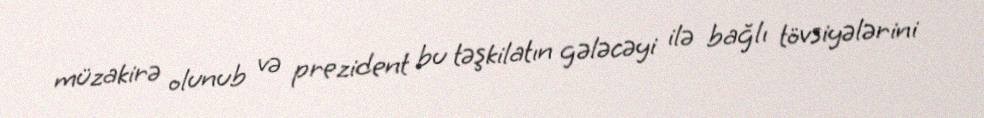
müzakirə olunub və prezident bu təşkilatın gələcəyi ilə bağlı tövsiyələrini